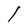
Character: l